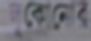
লুকোনোর